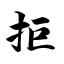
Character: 拒